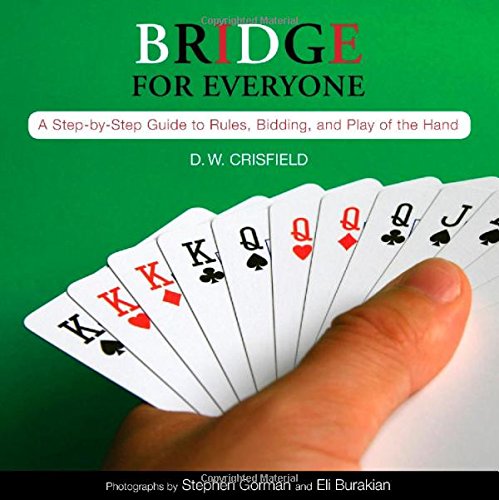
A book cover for Knack Bridge for Everyone: A Step-By-Step Guide To Rules, Bidding, And Play Of The Hand (Knack: Make It Easy); D. Crisfield; Humor & Entertainment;